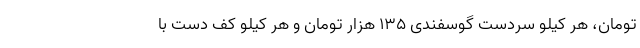
تومان، هر کیلو سردست گوسفندی ۱۳۵ هزار تومان و هر کیلو کف‌ دست با